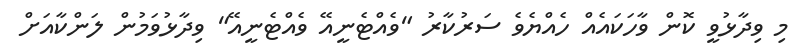
މި ވިދާޅުވީ ކޮން ވާހަކައެއް ހެއްޔެވެ ސަރުކާރު "ވެއްޓެނީއޭ ވެއްޓެނީއޭ" ވިދާޅުވަމުން ލަންކާއަށް